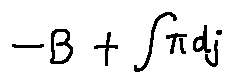
- B + \int \pi d j